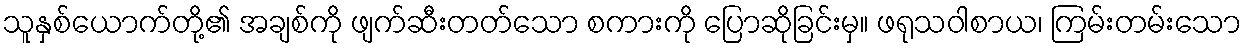
သူနှစ်ယောက်တို့၏ အချစ်ကို ဖျက်ဆီးတတ်သော စကားကို ပြောဆိုခြင်းမှ။ ဖရုသဝါစာယ၊ ကြမ်းတမ်းသော